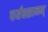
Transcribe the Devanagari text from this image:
पर्यवसानम्